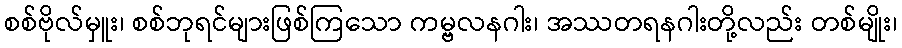
စစ်ဗိုလ်မှူး၊ စစ်ဘုရင်များဖြစ်ကြသော ကမ္ဗလနဂါး၊ အဿတရနဂါးတို့လည်း တစ်မျိုး၊